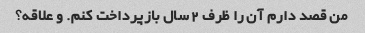
من قصد دارم آن را ظرف 2 سال بازپرداخت کنم. و علاقه؟